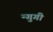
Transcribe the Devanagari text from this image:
न्गुगी